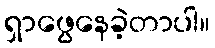
ရှာဖွေနေခဲ့တာပါ။